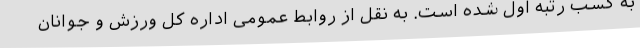
به کسب رتبه اول شده است. به نقل از روابط عمومی اداره کل ورزش و جوانان